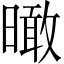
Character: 𣊟